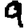
Digit: 9